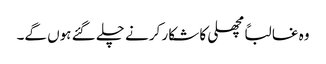
وہ غالباً مچھلی کا شکار کرنے چلے گئے ہوں گے۔